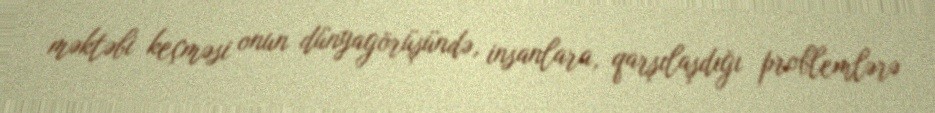
məktəbi keçməsi onun dünyagörüşündə, insanlara, qarşılaşdığı problemlərə